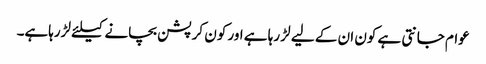
عوام جانتی ہے کون ان کے لیے لڑ رہا ہے اور کون کرپشن بچانے کیلئے لڑرہاہے۔